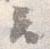
云